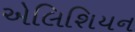
એલિશિયન